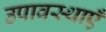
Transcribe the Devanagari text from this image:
उपावस्थाएँ